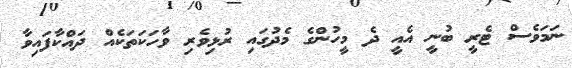
ނަމަވެސް ޓެރީ ބުނީ އެއީ ދެ މީހުންގެ މެދުގައި ރުޅިވެރި ވާހަކަތަކެއް ދައްކާފައިވާ